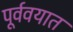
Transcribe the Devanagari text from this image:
पूर्ववयात